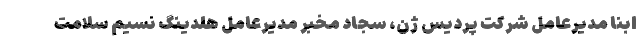
ابنا مدیرعامل شركت پردیس ژن، سجاد مخبر مدیرعامل هلدینگ نسیم سلامت